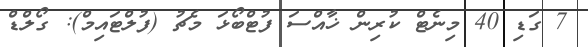
7 ގަޑި 40 މިނެޓް ކުރިން ޚާއްސަ ފުޓްބޯޅަ މެޗު (ފުލްޓައިމް): ގޯލްޑް